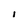
Character: I